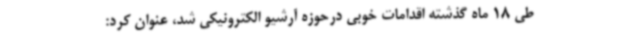
طی 18 ماه گذشته اقدامات خوبی درحوزه آرشیو الکترونیکی شد، عنوان کرد: